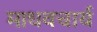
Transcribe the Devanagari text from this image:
माधवचार्य